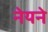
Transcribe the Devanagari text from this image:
नेयने